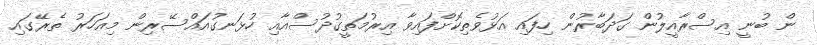
ން ބުނީ އިސްރާއީލުން ގަދަބާރުން ހިފައި އަޅުވެތިކޮށްފައިވާ އިރުމަތީގުދުސްއާއި ހުޅަނގުއައްސޭރިން މިއަހަރު ތެރޭގައި